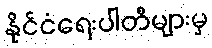
နိုင်ငံရေးပါတီများမှ